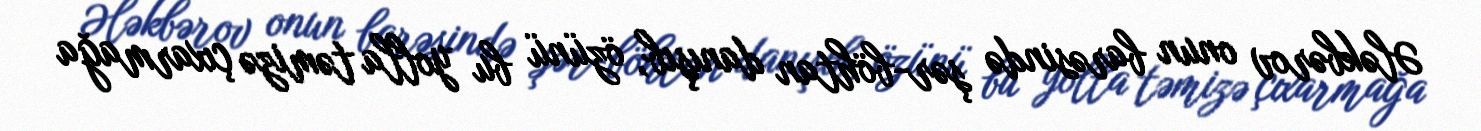
Ələkbərov onun barəsində şər-böhtan danışıb, özünü bu yolla təmizə çıxarmağa